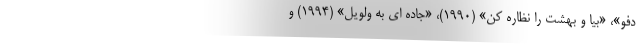
دفو»، «بیا و بهشت را نظاره کن» (۱۹۹۰)، «جاده ای به ولویل» (۱۹۹۴) و